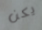
يكن